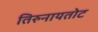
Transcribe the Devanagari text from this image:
तिरुनायतोट